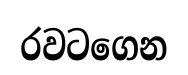
රවටගෙන